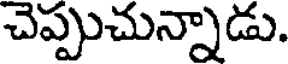
చెప్పుచున్నాడు.